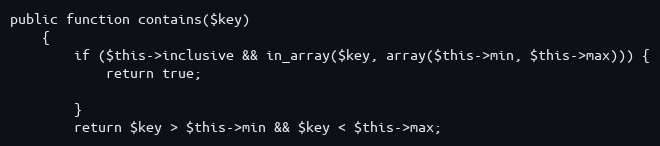
Language: PHP
public function contains($key)
    {
        if ($this->inclusive && in_array($key, array($this->min, $this->max))) {
            return true;

        }
        return $key > $this->min && $key < $this->max;